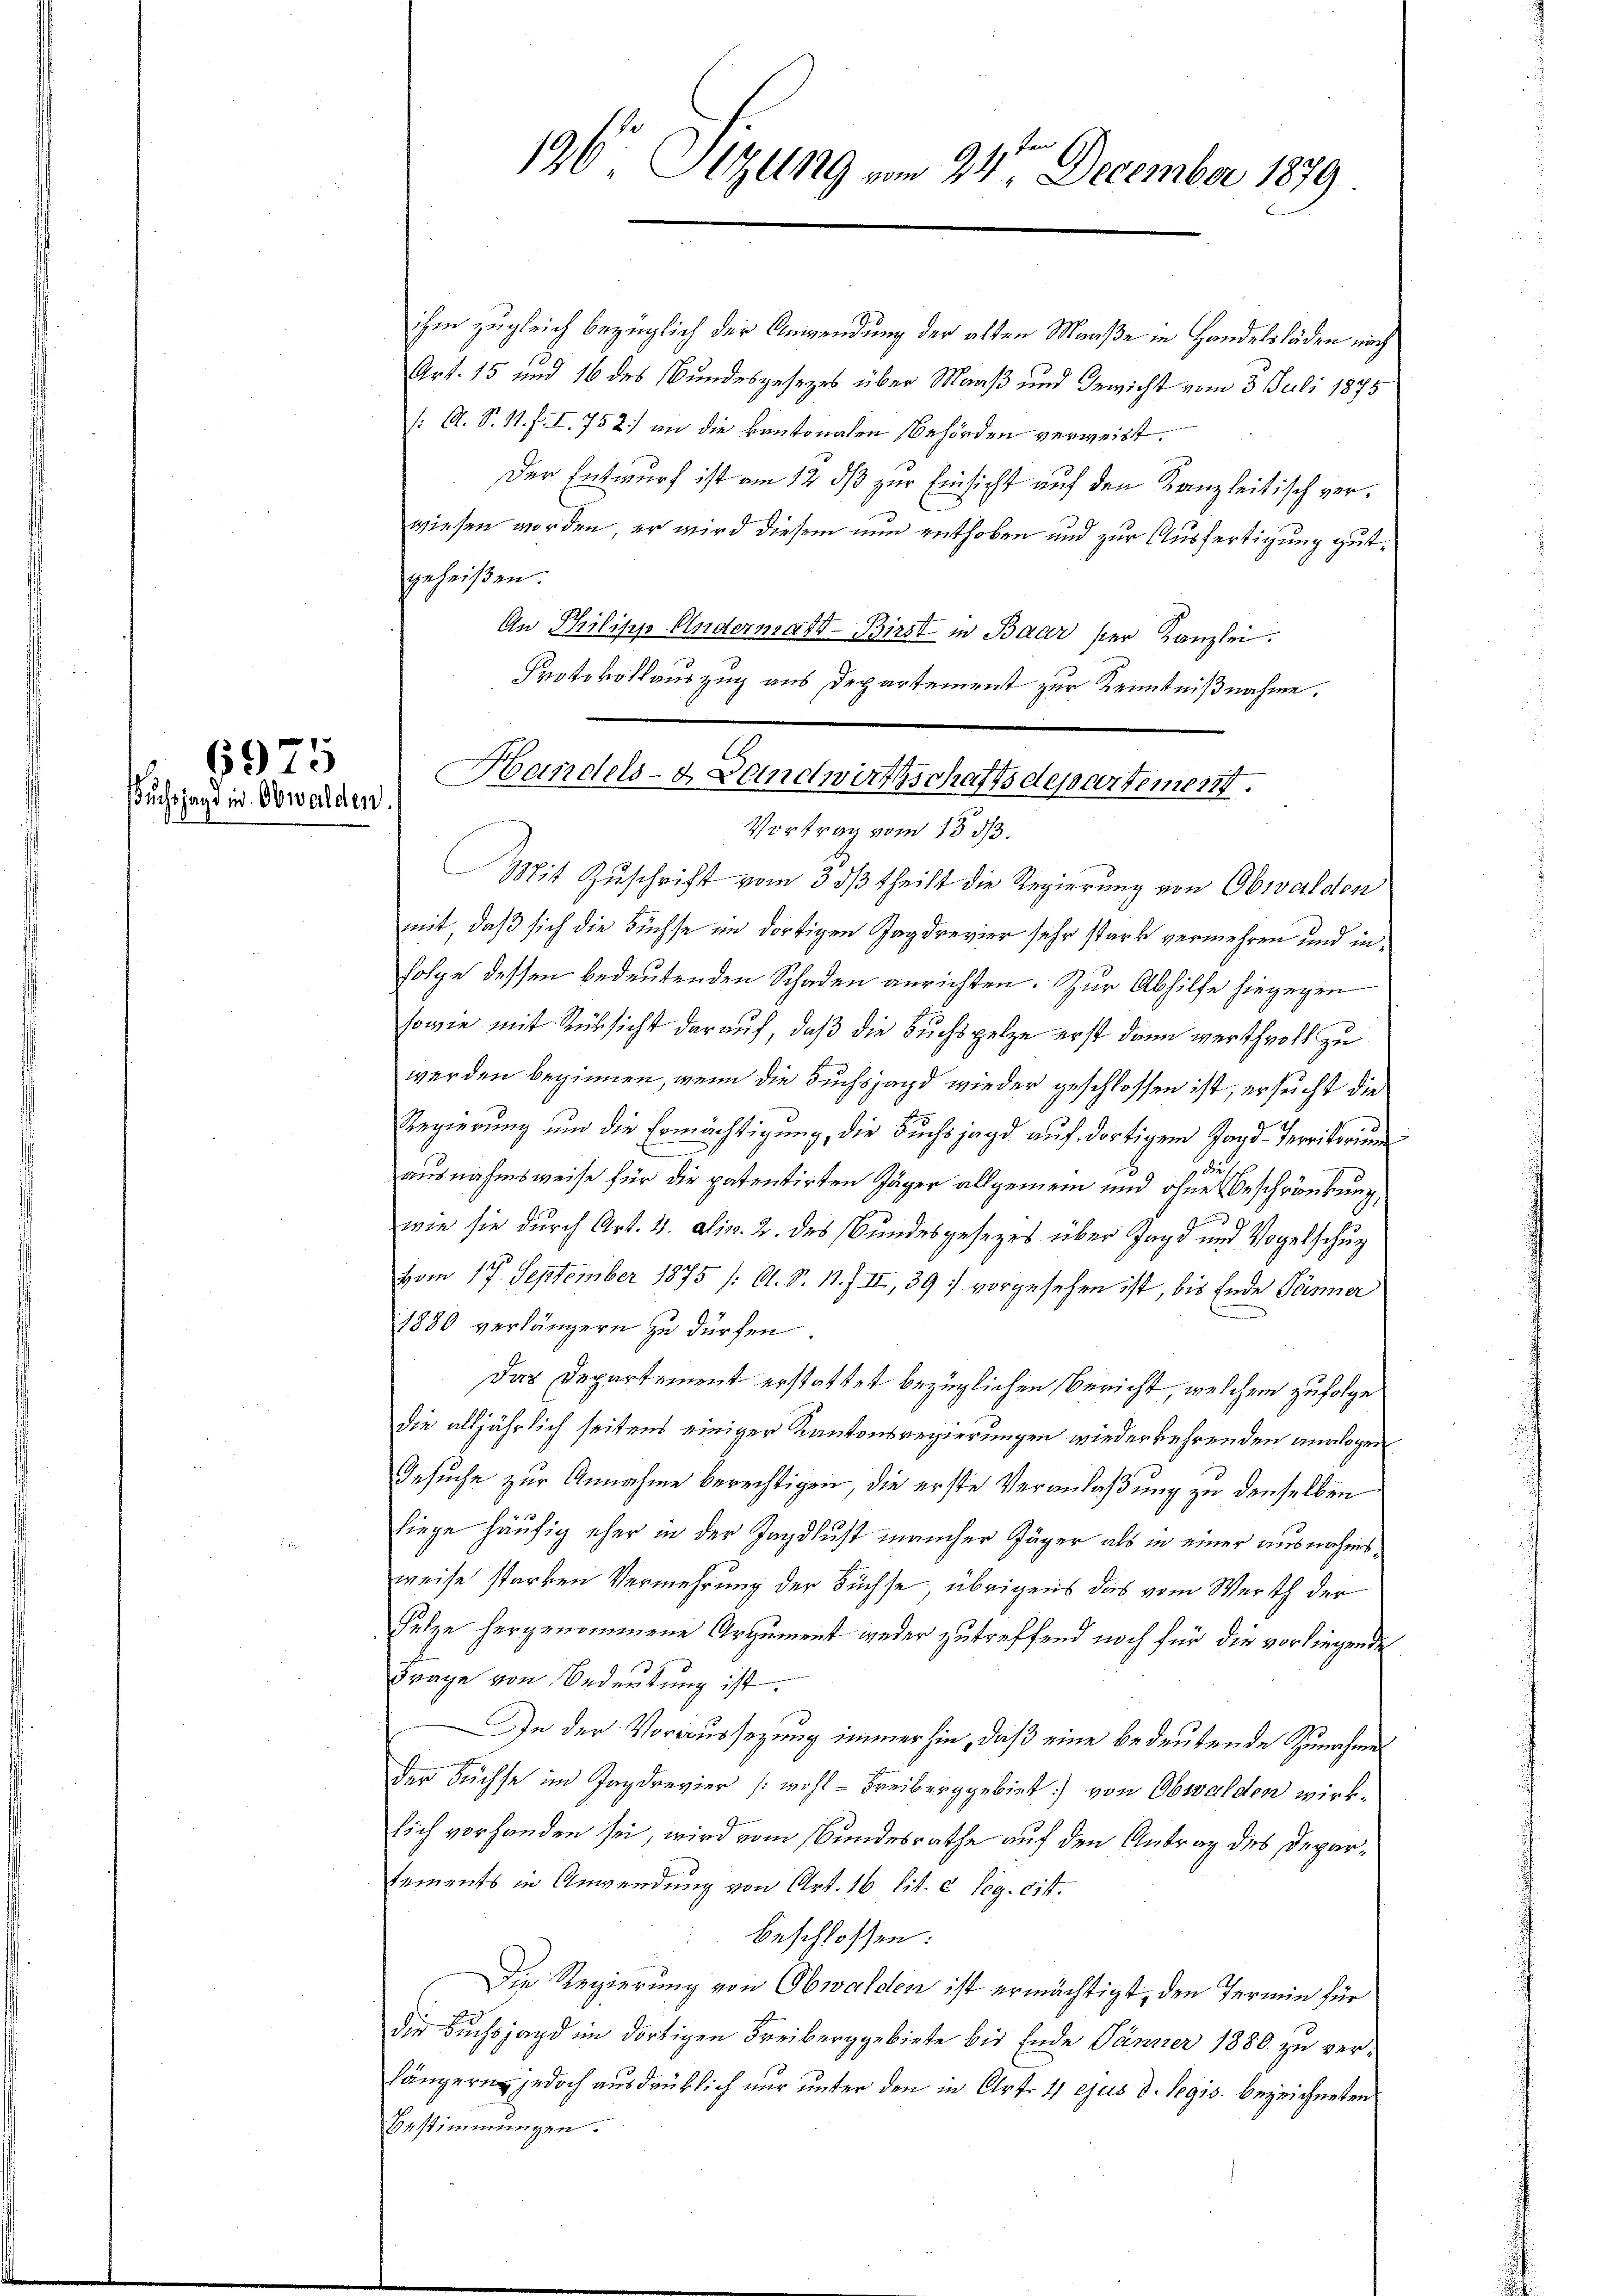
9

6975
uchjagd in Obwalden

en
196 Itzung vom 24. December 1879

Handels- & Landwirthschaftsdepartement.

ihm zugleich bezüglich der Anwendung der alten Maaße in Handelsläden noch
Art. 15 und 16 des Bundesgesezes über Maaß und Gewicht vom 3. Juli 1875
/: A. S. 11. f. I. 752) an die kantonalen Behörden verweist.
Der Entwurf ist am 12 ds zur Einsicht auf den Kanzleitisch verwiesen worden, er wird diesem nun enthoben und zur Ausfertigung gutgeheißen.
An Philipp Andermatt-Birst in Baar ser Kanzlei.
Protokollauszug aus Departement zur Kenntnißnahme.
Vortrag vom 15. ds.
Mit Zuschrift vom 3. dβ theilt die Regierung von Obwalden
mit, daß sich die Büchse im dortigen Jagdrevier sehr stark vermehren und in
folge dessen bedeutenden Schaden anrichten. Zur Abhilfe hiegegen
sowie mit Rüksicht darauf, daß die Buchspelze erst dann verthvolt zu
werden beginnen, wenn die Buchsjagd wieder geschlossen ist, ersucht die
Regierung und die Ermächtigung, die Buchsjagd auch dortigem Jagd-Territorium
ausnahmsweise für die patentirten Jäger allgemein und ohne Beschränkung,
)
wie sie durch Art. 4. Alin. 2. des Bundesgesezes über Jagd und Vogelschu
vom 17. September 1875 /: A. S. 11. f. II, 39) vorgesehen ist, bis Ende Jänner
1880 verlängern zu dürfen.
Das Departement erstattet bezüglichen Bericht, welchem zufolge
die alljährlich seitens einiger Kantonsregierungen wiederkehrenden analogen
Gesuche zur Annahme berechtigen, die erste Veranlaßung zu denselben
liege häufig eher in der Jagdlust mancher Jäger als in einer ausnahmsweise starken Vermehrung der Füchse, übrigens das vom Werth der
Falze hergenommene Argument weder zutreffend noch für die vorliegende
Frage von Bedeutung ist.
In der Voraussezung immerhin, daß eine bedeutende Zunahme
der Füchse im Jagdrevier (wohl Freiberggebiet von Obwalden wirklich vorhanden sei, wird vom Bundesrathe auf den Antrag des Departements in Anwendung von Art. 16 lit. c Pog. cit.
beschlossen:
Die Regierung von Obwalden ist ermächtigt, den Termin für
die Buchsjagd im dortigen Freiberggebiete bis Ende Jänner 1880 zu verlängern jedoch ausdrüklich nur unter den in Art. 4 ejus d. legio bezeichneten
Bestimmungen.